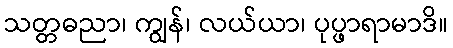
သတ္တဓညာ၊ ကျွန်၊ လယ်ယာ၊ ပုပ္ဖာရာမာဒိ။